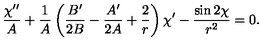
{ \frac { \chi ^ { \prime \prime } } { A } } + { \frac { 1 } { A } } \left( { \frac { B ^ { \prime } } { 2 B } } - { \frac { A ^ { \prime } } { 2 A } } + { \frac { 2 } { r } } \right) \chi ^ { \prime } - { \frac { \sin 2 \chi } { r ^ { 2 } } } = 0 .